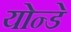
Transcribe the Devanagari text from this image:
योन्डे